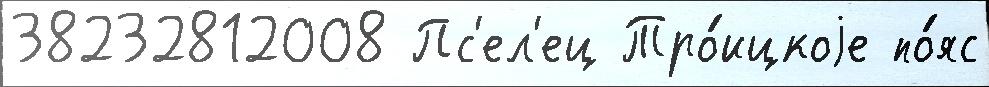
38232812008 Пс'ел'ец Тро́ицкоjе по́яс